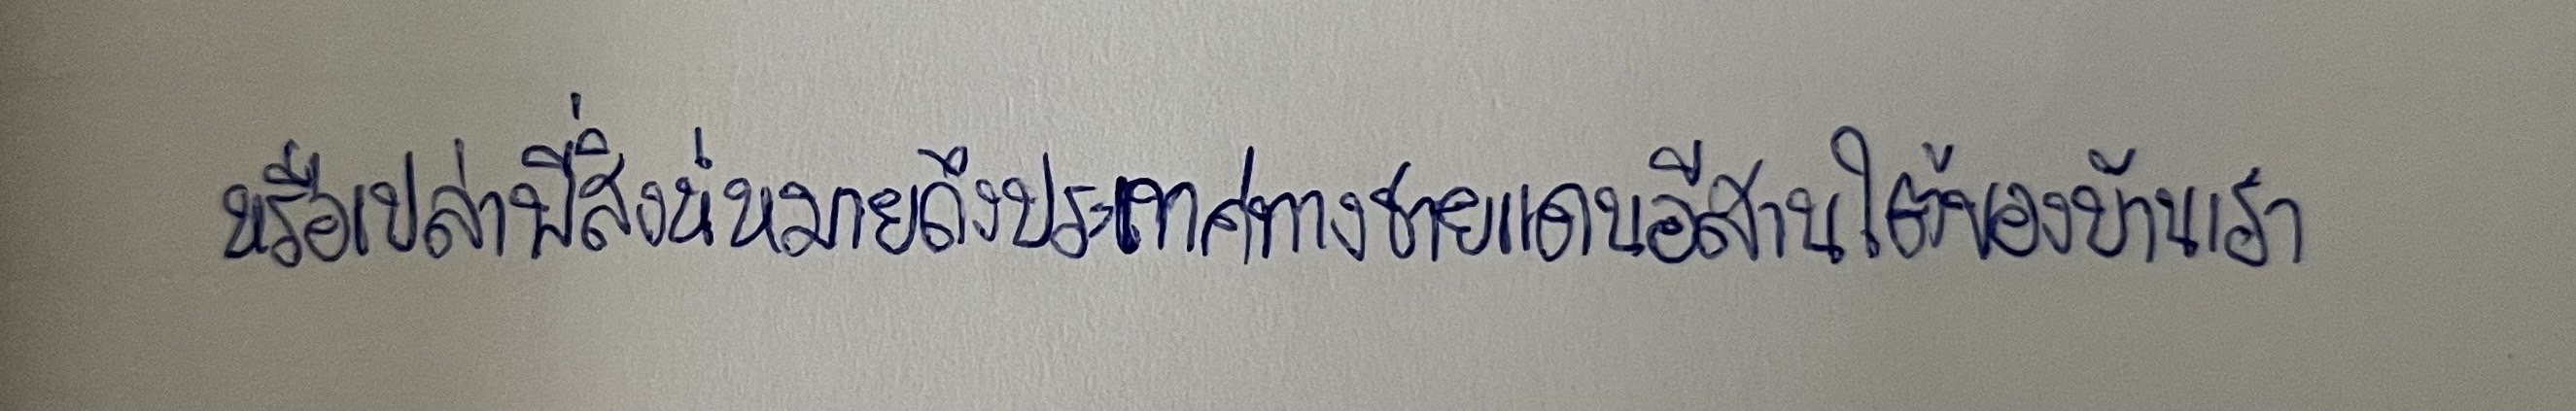
หรือเปล่าพี่สิงห์หมายถึงประเทศทางชายแดนอีสานใต้ของบ้านเรา